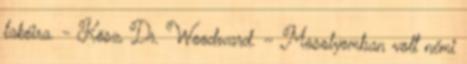
lakóira. - Kösz, Dr. Woodward. – Mosolyomban volt némi